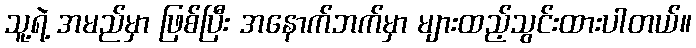
သူ့ရဲ့ အမည်မှာ ဖြစ်ပြီး အနောက်ဘက်မှာ များထည့်သွင်းထားပါတယ်။